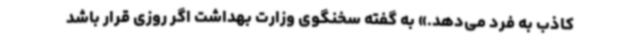
کاذب به فرد می‌دهد.» به گفته سخنگوی وزارت بهداشت اگر روزی قرار باشد